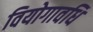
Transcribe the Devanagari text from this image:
वियोगावधि